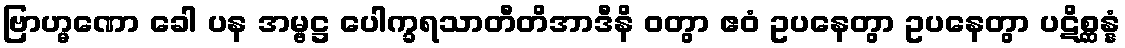
ဗြာဟ္မဏော ခေါ ပန အမ္ဗဋ္ဌ ပေါက္ခရသာတီတိအာဒီနိ ဝတွာ ဧဝံ ဥပနေတွာ ဥပနေတွာ ပဋိစ္ဆန္နံ